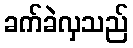
ခက်ခဲလှသည်